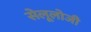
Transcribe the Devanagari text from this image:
सेलूलोजी